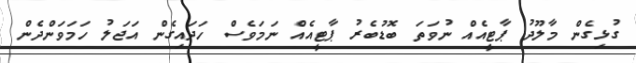
ގުޅިގެން މާލޫދު ޕާޓީއެއް ނުވަތަ ބޮޑުބެރު ޕާޓީއެއް ނަމަވެސް ހަދައިގެން އަޖަލު ހަމަވަންދެން